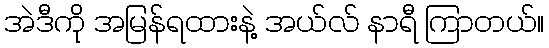
အဲဒီကို အမြန်ရထားနဲ့ အယ်လ် နာရီ ကြာတယ်။